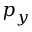
p _ { y }